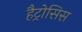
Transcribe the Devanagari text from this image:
हैट्रोसिस